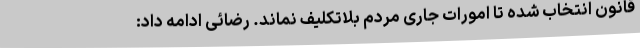
قانون انتخاب شده تا امورات جاری مردم بلاتکلیف نماند. رضائی ادامه داد: